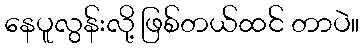
နေပူလွန်းလို့ ဖြစ်တယ်ထင် တာပဲ။